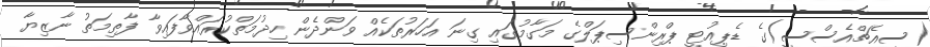
(ސީއެޗްއެސްސީ)ގެ ޑެޕިއުޓީ ޕްރިންސިޕަލްގެ މަގާމުގައި ގިނަ އަހަރުތަކެއް ވަންދެން ހިދުމަތްކުރައްވާފައިވާ ފާތިމަތު ނާޒިޔާ